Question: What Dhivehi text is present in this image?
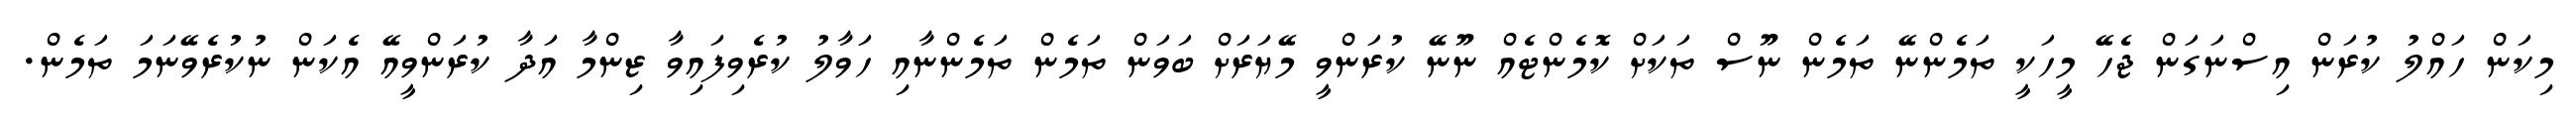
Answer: މިކަން ހައްލު ކުރަން އިސްނަގަން ޖެހޭ މީހަކީ ތަމެންނޭ ތަމެން ނޫސް ތަކަށް ކޮމެންޓެއް ނޫނޭ ކުރަންވީ މޭޔަރަށް ބަވަން ތަމެން ތަމެންނާއި ހަވާލު ކުރެވިފައިވާ ޒިންމާ އަދާ ކުރަންވީއޭ އެކަން ނުކުރެވޭނަމަ ތަމެން.